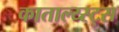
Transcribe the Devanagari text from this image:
काताल्य्स्ट्स